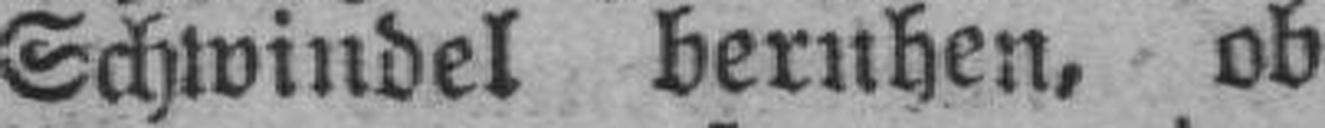
Schwindel beruhen, ob